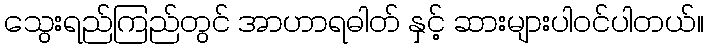
သွေးရည်ကြည်တွင် အာဟာရဓါတ် နှင့် ဆားများပါဝင်ပါတယ်။